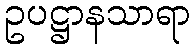
ဥပဋ္ဌာနသာရာ